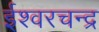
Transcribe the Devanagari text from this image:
ईश्वरचन्द्र